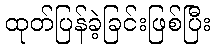
ထုတ်ပြန်ခဲ့ခြင်းဖြစ်ပြီး